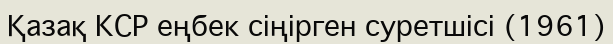
Қазақ КСР еңбек сіңірген суретшісі (1961)